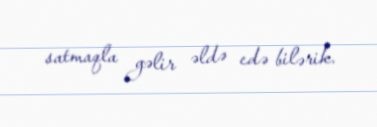
satmaqla gəlir əldə edə bilərik.